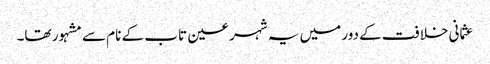
عثمانی خلافت کے دور میں یہ شہر عین تاب کے نام سے مشہور تھا۔